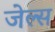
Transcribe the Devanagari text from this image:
जेल्स